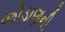
જોડાણની